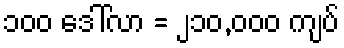
၁၀၀ ဒေါ်လာ = ၂၁၀,၀၀၀ ကျပ်